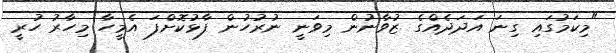
"މިކަމުގައި ގިނަ އަދަދެއްގެ ޒުވާނުން މިވަނީ ނުރުހުން ފާޅުކޮށްފަ އެމީހާ މިހާރު ހުރީ